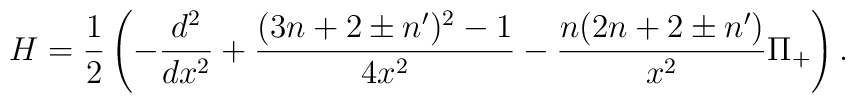
H=\frac{1}{2}\left(-\frac{d^2}{dx^2}+\frac{(3n+2\pm n')^2-1}{4x^2}- \frac{n(2n+2\pm n')}{x^2}\Pi_+\right).